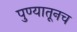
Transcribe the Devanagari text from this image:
पुण्यातूनच